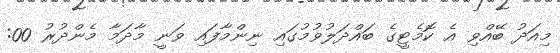
މިއަދު ބޭއްވި އެ ކޮމެޓީގެ ބައްދަލުވުމުގައި ނިންމާފައި ވަނީ މާދަމާ މެންދުރު 00: